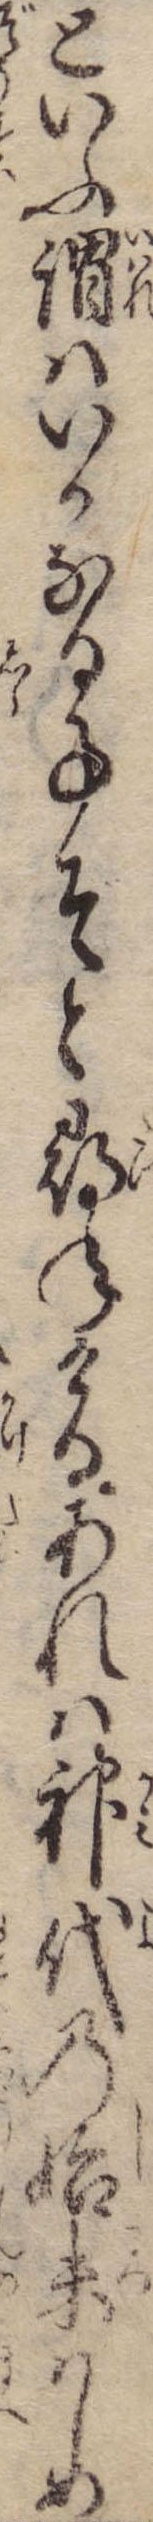
といふ謂はいかなる事ぞと尋ねけるあれは神代の始末はしめ